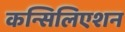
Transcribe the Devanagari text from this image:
कन्सिलिएशन